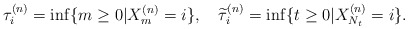
\begin{align*} \tau^{(n)}_i=\inf\{m\ge 0|X_m^{(n)}=i\},\quad\widetilde{\tau}^{(n)}_i=\inf\{t\ge 0|X_{N_t}^{(n)}=i\}.\end{align*}